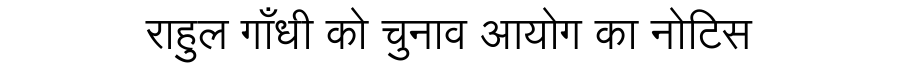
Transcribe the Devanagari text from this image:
राहुल गाँधी को चुनाव आयोग का नोटिस